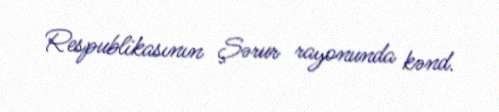
Respublikasının Şərur rayonunda kənd.